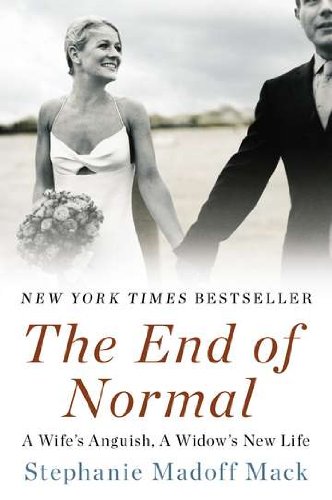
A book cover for The End of Normal: A Wife's Anguish, A Widow's New Life; Stephanie Madoff Mack; Biographies & Memoirs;